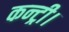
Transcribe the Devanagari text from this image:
कन्ट्री।